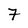
Character: 7